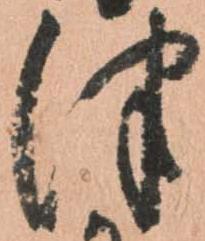
つ